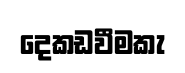
දෙකඩවීමකැ